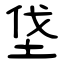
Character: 垡